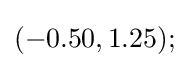
(-0.50,1.25);